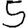
Digit: 5